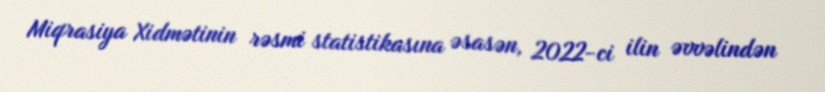
Miqrasiya Xidmətinin rəsmi statistikasına əsasən, 2022-ci ilin əvvəlindən